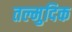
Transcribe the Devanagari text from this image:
तल्मुदिक